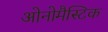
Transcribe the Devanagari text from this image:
ओनोमैस्टिक